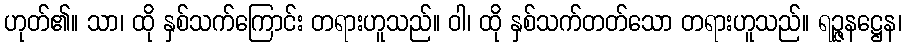
ဟုတ်၏။ သာ၊ ထို နှစ်သက်ကြောင်း တရားဟူသည်။ ဝါ၊ ထို နှစ်သက်တတ်သော တရားဟူသည်။ ရဉ္ဇနဋ္ဌေန၊